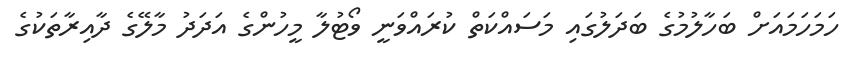
ހަމަހަމައަށް ބަހާލުމުގެ ބަދަލުގައި މަސައްކަތް ކުރައްވަނީ ވޯޓުލާ މީހުންގެ އަދަދު މާލޭގެ ދާއިރާތަކުގެ